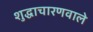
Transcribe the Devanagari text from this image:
शुद्धाचारणवाले